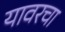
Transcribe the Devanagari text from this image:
यावरचा